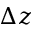
\Delta z